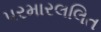
પરમારલલિત